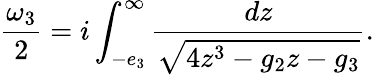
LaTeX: {\frac{\omega_{3}}{2}}=i\int_{-e_{3}}^{\infty}{\frac{dz}{\sqrt{4z^{3}-g_{2}z-g_{3}}}}.